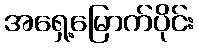
အရှေ့မြောက်ပိုင်း